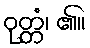
ဝုတ္တံ၊ ၏။